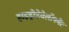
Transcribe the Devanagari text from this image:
हाइड्रोडेवेलॉपमेंट